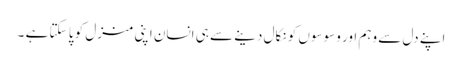
اپنے دل سے وہم اور وسوسوں کو نکال دینے سے ہی انسان اپنی منزل کو پا سکتا ہے ۔